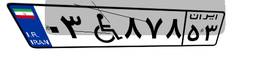
۰۳W۸۷۸۵۳